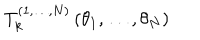
T _ { k } ^ { ( 1 , \dots , N ) } \left( \theta _ { 1 } , \dots , \theta _ { N } \right)